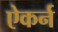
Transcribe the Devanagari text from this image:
ऐकर्न